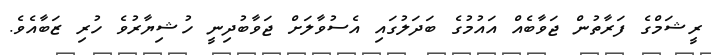
ރީޝަމްގެ ފަރާތުން ޖަވާބެއް އައުމުގެ ބަދަލުގައި އެސުވާލަށް ޖަވާބުދިނީ ހުޝިޔާރުވެ ހުރި ޒަބާއެވެ.